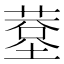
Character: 𦸧